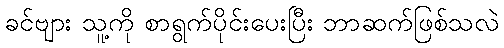
ခင်ဗျား သူ့ကို စာရွက်ပိုင်းပေးပြီး ဘာဆက်ဖြစ်သလဲ